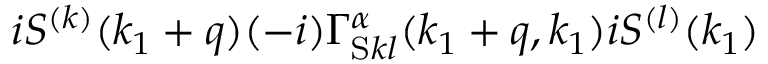
i S ^ { ( k ) } ( k _ { 1 } + q ) ( - i ) \Gamma _ { \mathrm { S } k l } ^ { \alpha } ( k _ { 1 } + q , k _ { 1 } ) i S ^ { ( l ) } ( k _ { 1 } )